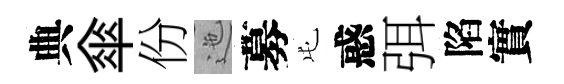
典傘份迤募屯惑弭陷實